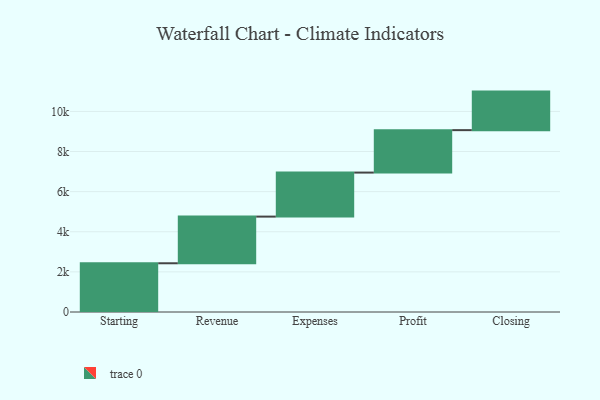
{"axis": {"x": "Step", "y": "Value"}, "legend": [""], "data": [{"x": "Starting", "y": 2430.0, "type": ""}, {"x": "Revenue", "y": 2327.0, "type": ""}, {"x": "Expenses", "y": 2195.0, "type": ""}, {"x": "Profit", "y": 2116.0, "type": ""}, {"x": "Closing", "y": 1922.0, "type": ""}]}